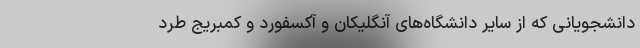
دانشجویانی که از سایر دانشگاه‌های آنگلیکان و آکسفورد و کمبریج طرد